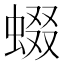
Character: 蝃